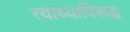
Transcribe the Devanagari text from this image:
त्याच्याविरूद्ध